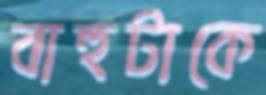
বাহুটাকে